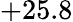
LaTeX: +25.8